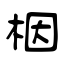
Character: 栶